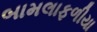
બામલાફળીયા